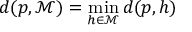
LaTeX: d ( p , { \mathcal { M } } ) = \operatorname* { m i n } _ { h \in { \mathcal { M } } } d ( p , h )